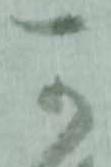
可